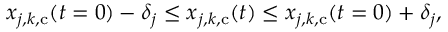
\begin{array} { r } { \boldsymbol { x } _ { j , \boldsymbol { k } , \mathrm { c } } ( t = 0 ) - \boldsymbol { \delta } _ { j } \leq \boldsymbol { x } _ { j , \boldsymbol { k } , \mathrm { c } } ( t ) \leq \boldsymbol { x } _ { j , \boldsymbol { k } , \mathrm { c } } ( t = 0 ) + \boldsymbol { \delta } _ { j } , } \end{array}